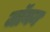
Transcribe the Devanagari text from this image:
जॉयन